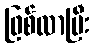
ဖြစ်လာပြီး